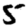
Digit: 5